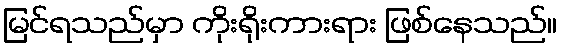
မြင်ရသည်မှာ ကိုးရိုးကားရား ဖြစ်နေသည်။